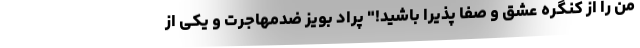
من را از کنگره عشق و صفا پذیرا باشید!" پراد بویز ضدمهاجرت و یکی از